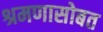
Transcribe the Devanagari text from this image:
श्रमणासोबत